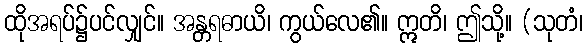
ထိုအရပ်၌ပင်လျှင်။ အန္တရဓာယိ၊ ကွယ်လေ၏။ ဣတိ၊ ဤသို့။ (သုတံ၊